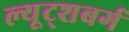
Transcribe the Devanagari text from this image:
ल्यूट्शबर्ग